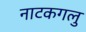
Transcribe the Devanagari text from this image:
नाटकगलु